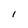
Character: 1